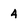
Character: 4